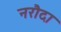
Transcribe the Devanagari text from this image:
नरौदा